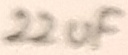
Text: 22uF